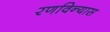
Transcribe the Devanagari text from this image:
रणविन्यास